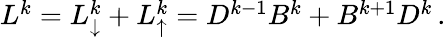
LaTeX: \begin{array}{r}{L^{k}=L_{\downarrow}^{k}+L_{\uparrow}^{k}=D^{k-1}B^{k}+B^{k+1}D^{k}\, .}\end{array}